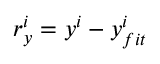
r _ { y } ^ { i } = y ^ { i } - y _ { f i t } ^ { i }